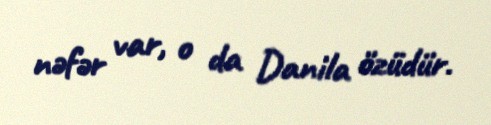
nəfər var, o da Danila özüdür.